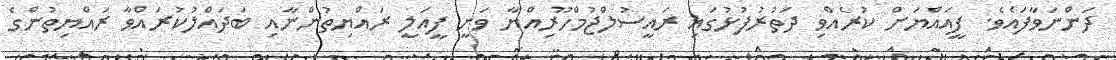
ދަންނަވާފައެވެ. ފީއައްޔަށް ކުރެއްވި ދަތުރުފުޅުގައި ރައީސުލްޖުމްހޫރިއްޔާ ވަނީ ފީއަލީ ރައްޔިތުންނާއި ބަދައްލުކުރައްވާ ރައްޔިތުންގެ